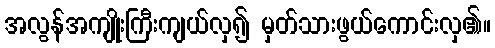
အလွန်အကျိုးကြီးကျယ်လှ၍ မှတ်သားဖွယ်ကောင်းလှ၏။